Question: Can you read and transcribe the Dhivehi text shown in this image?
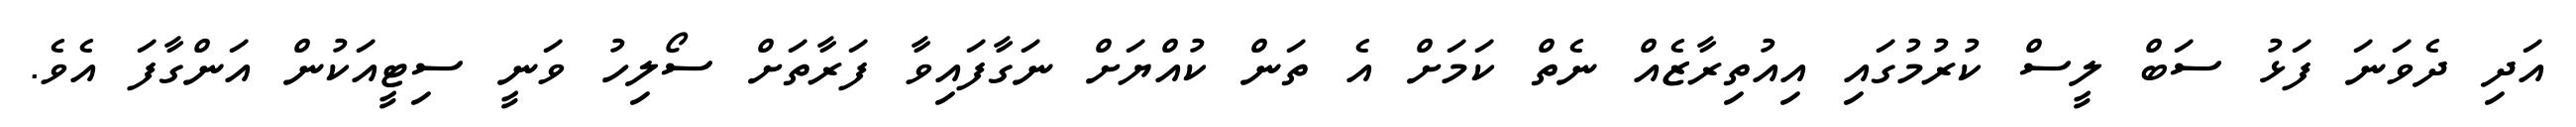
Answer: އަދި ދެވަނަ ފަޅު ސަބް ލީސް ކުރުމުގައި އިއުތިރާޒެއް ނެތް ކަމަށް އެ ތަން ކުއްޔަށް ނަގާފައިވާ ފަރާތަށް ސޯލިހު ވަނީ ސިޓީއަކުން އަންގާފަ އެވެ.